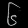
Digit: ၆